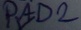
Text: PAD2